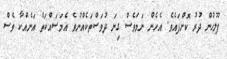
ފުލުހުން ދުރު ކޮށްފައެވެ. އެހެން ނަަމަވެސް ގިނަ ދުވަސްތަކެއްނުވެ އެމަސައްކަތް އަނެއްކާ ވެސް